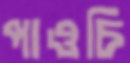
পাওচি